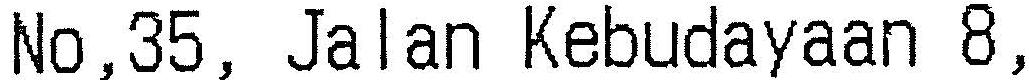
NO,35, JALAN KEBUDAYAAN 8,